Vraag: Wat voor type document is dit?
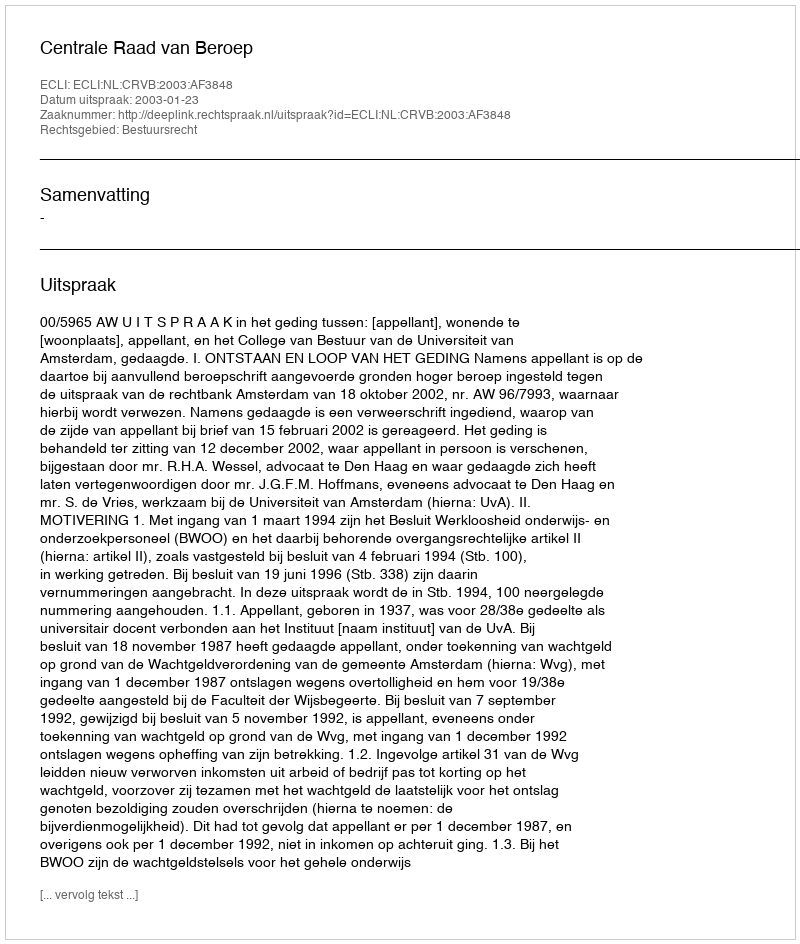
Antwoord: Uitspraak